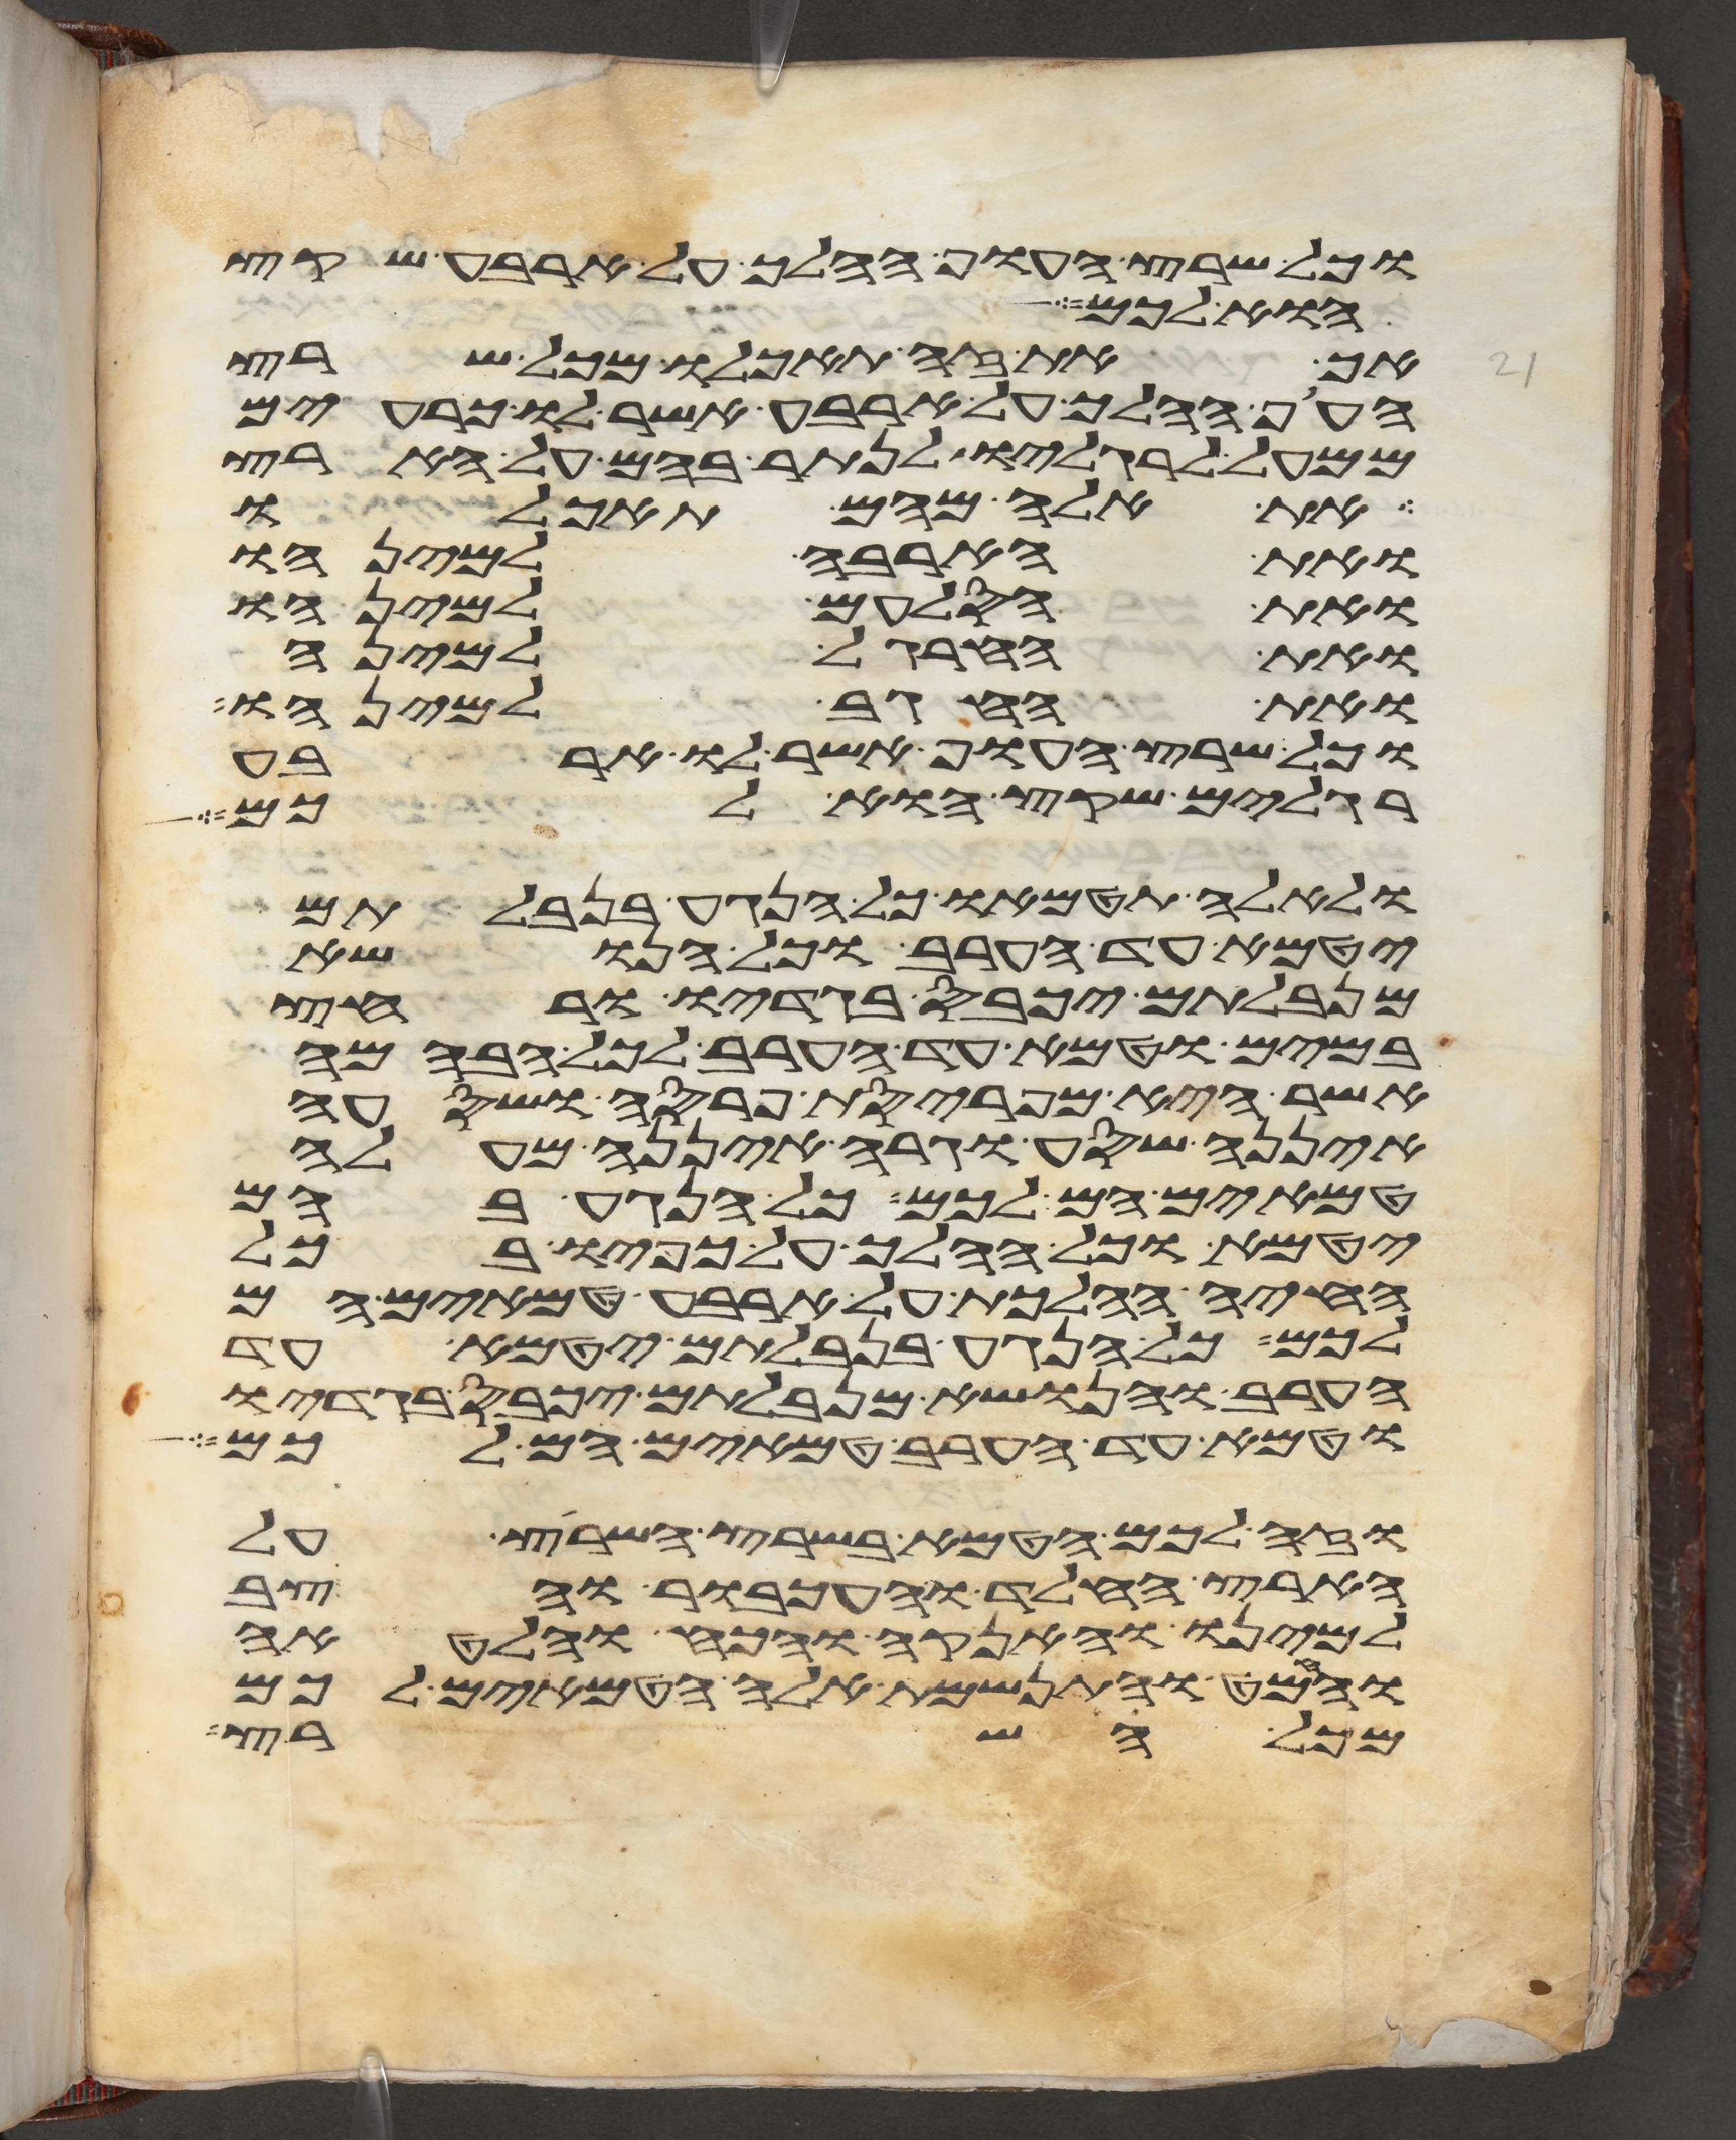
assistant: כל שרץ העוף ההלך על ארבע שקץ
הוא לכם
אך את זה תאכלו מכל שרץ
העוף ההלך על ארבע אשר לו כרעים
ממעל לרגליו לנתר בהם על הארץ
את אלה מהם תאכלו
את הארבה למינהו
ואת הסלעם למינהו
ואת החרגל למינה
ואת החגב למינהו
וכל שרץ העוף אשר לו ארבע
רגלים שקץ הוא לכם
ולאלה תטמאו כל הנגע בנבלתם
יטמא עד הערב וכל הנשא
מנבלתם יכבס בגדיו ורחץ
במים וטמא עד הערב לכל הבהמה
אשר היא מפריסת פרסה ושסעה
איננה שסע וגרה איננה מעלה
טמאים הם לכם כל הנגע בהם
יטמא וכל ההלך על כפיו בכל
החיה ההלכת על ארבע טמאים הם
לכם כל הנגע בנבלתם יטמא עד
הערב והנשא מנבלתם יכבס בגדיו
וטמא עד הערב טמאים הם לכם
וזה לכם הטמא בשרץ השרץ על
הארץ החלד והעכבור והצב
למינו והאנקה והכח והלאטה
והמט והתנשמת אלה הטמאים לכם
מכל השרץ